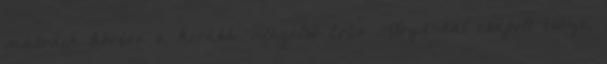
második körben a korábbi világelső Colin Lloyd-dal csapott össze,